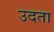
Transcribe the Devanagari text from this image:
उदता